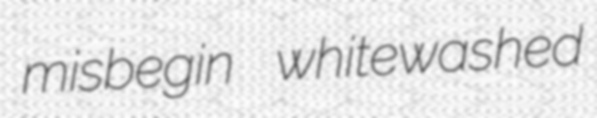
misbegin whitewashed